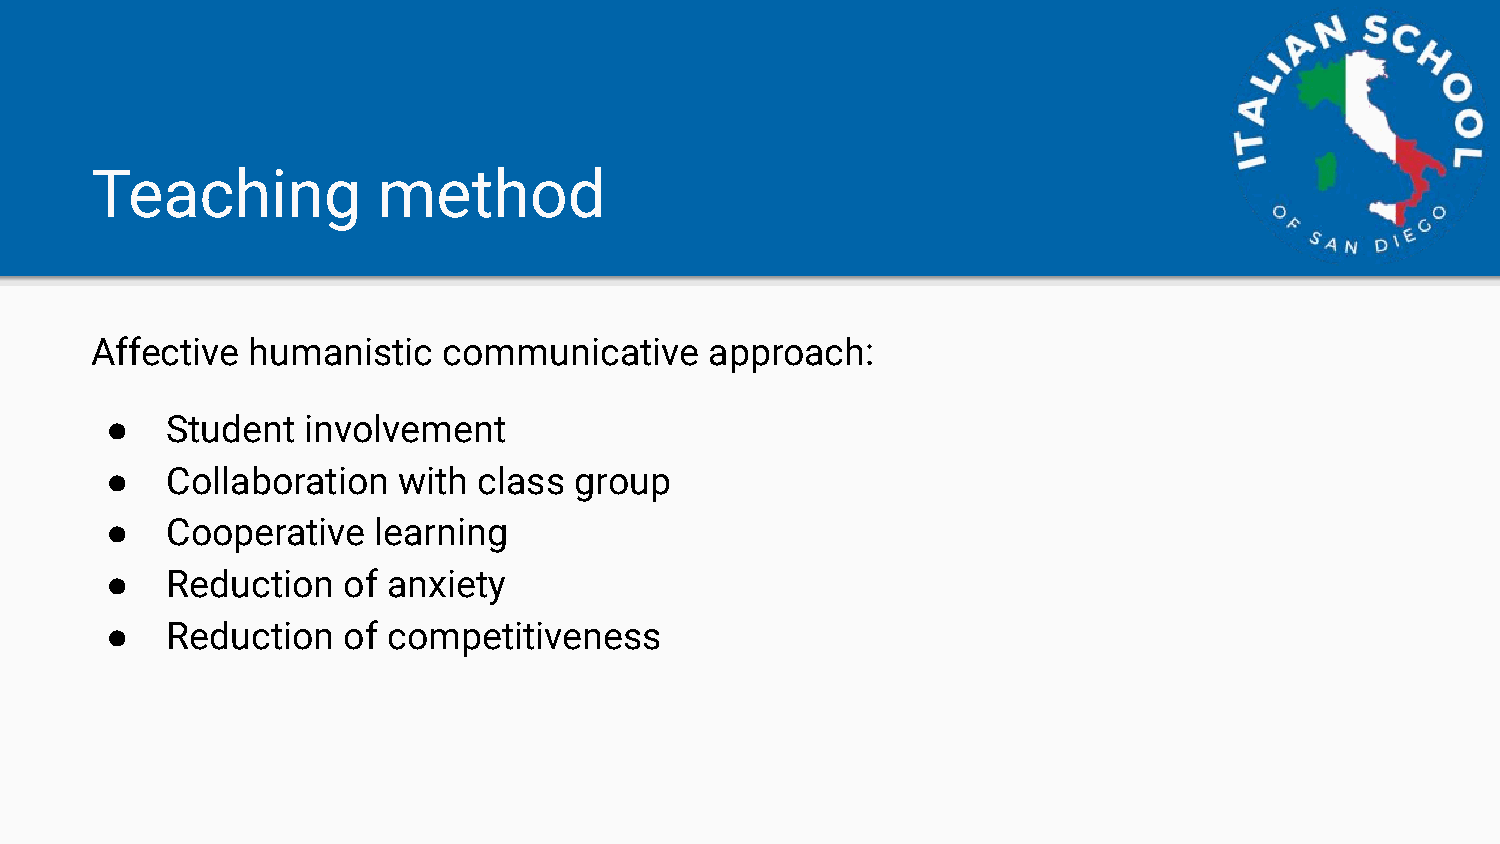
Teaching           method
 Affective  humanistic  communicative     approach:
 ●   Student  involvement
 ●   Collaboration  with  class group
 ●   Cooperative   learning
 ●   Reduction   of anxiety
 ●   Reduction   of competitiveness